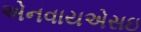
એનવાયએસઇ